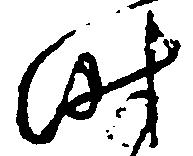
時